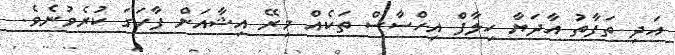
އަދި ތަފާތު އާދަޔާ ހިލާފް އިހްސާސް ތަކެއް މިރޭ އިޝާއަށް ފާހަގަ ކުރެވުނެވެ.